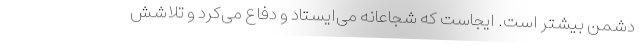
دشمن بیشتر است. ایجاست که شجاعانه می‌ایستاد و دفاع می‌کرد و تلاشش